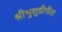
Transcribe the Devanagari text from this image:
श्रीभुशुडीगीता